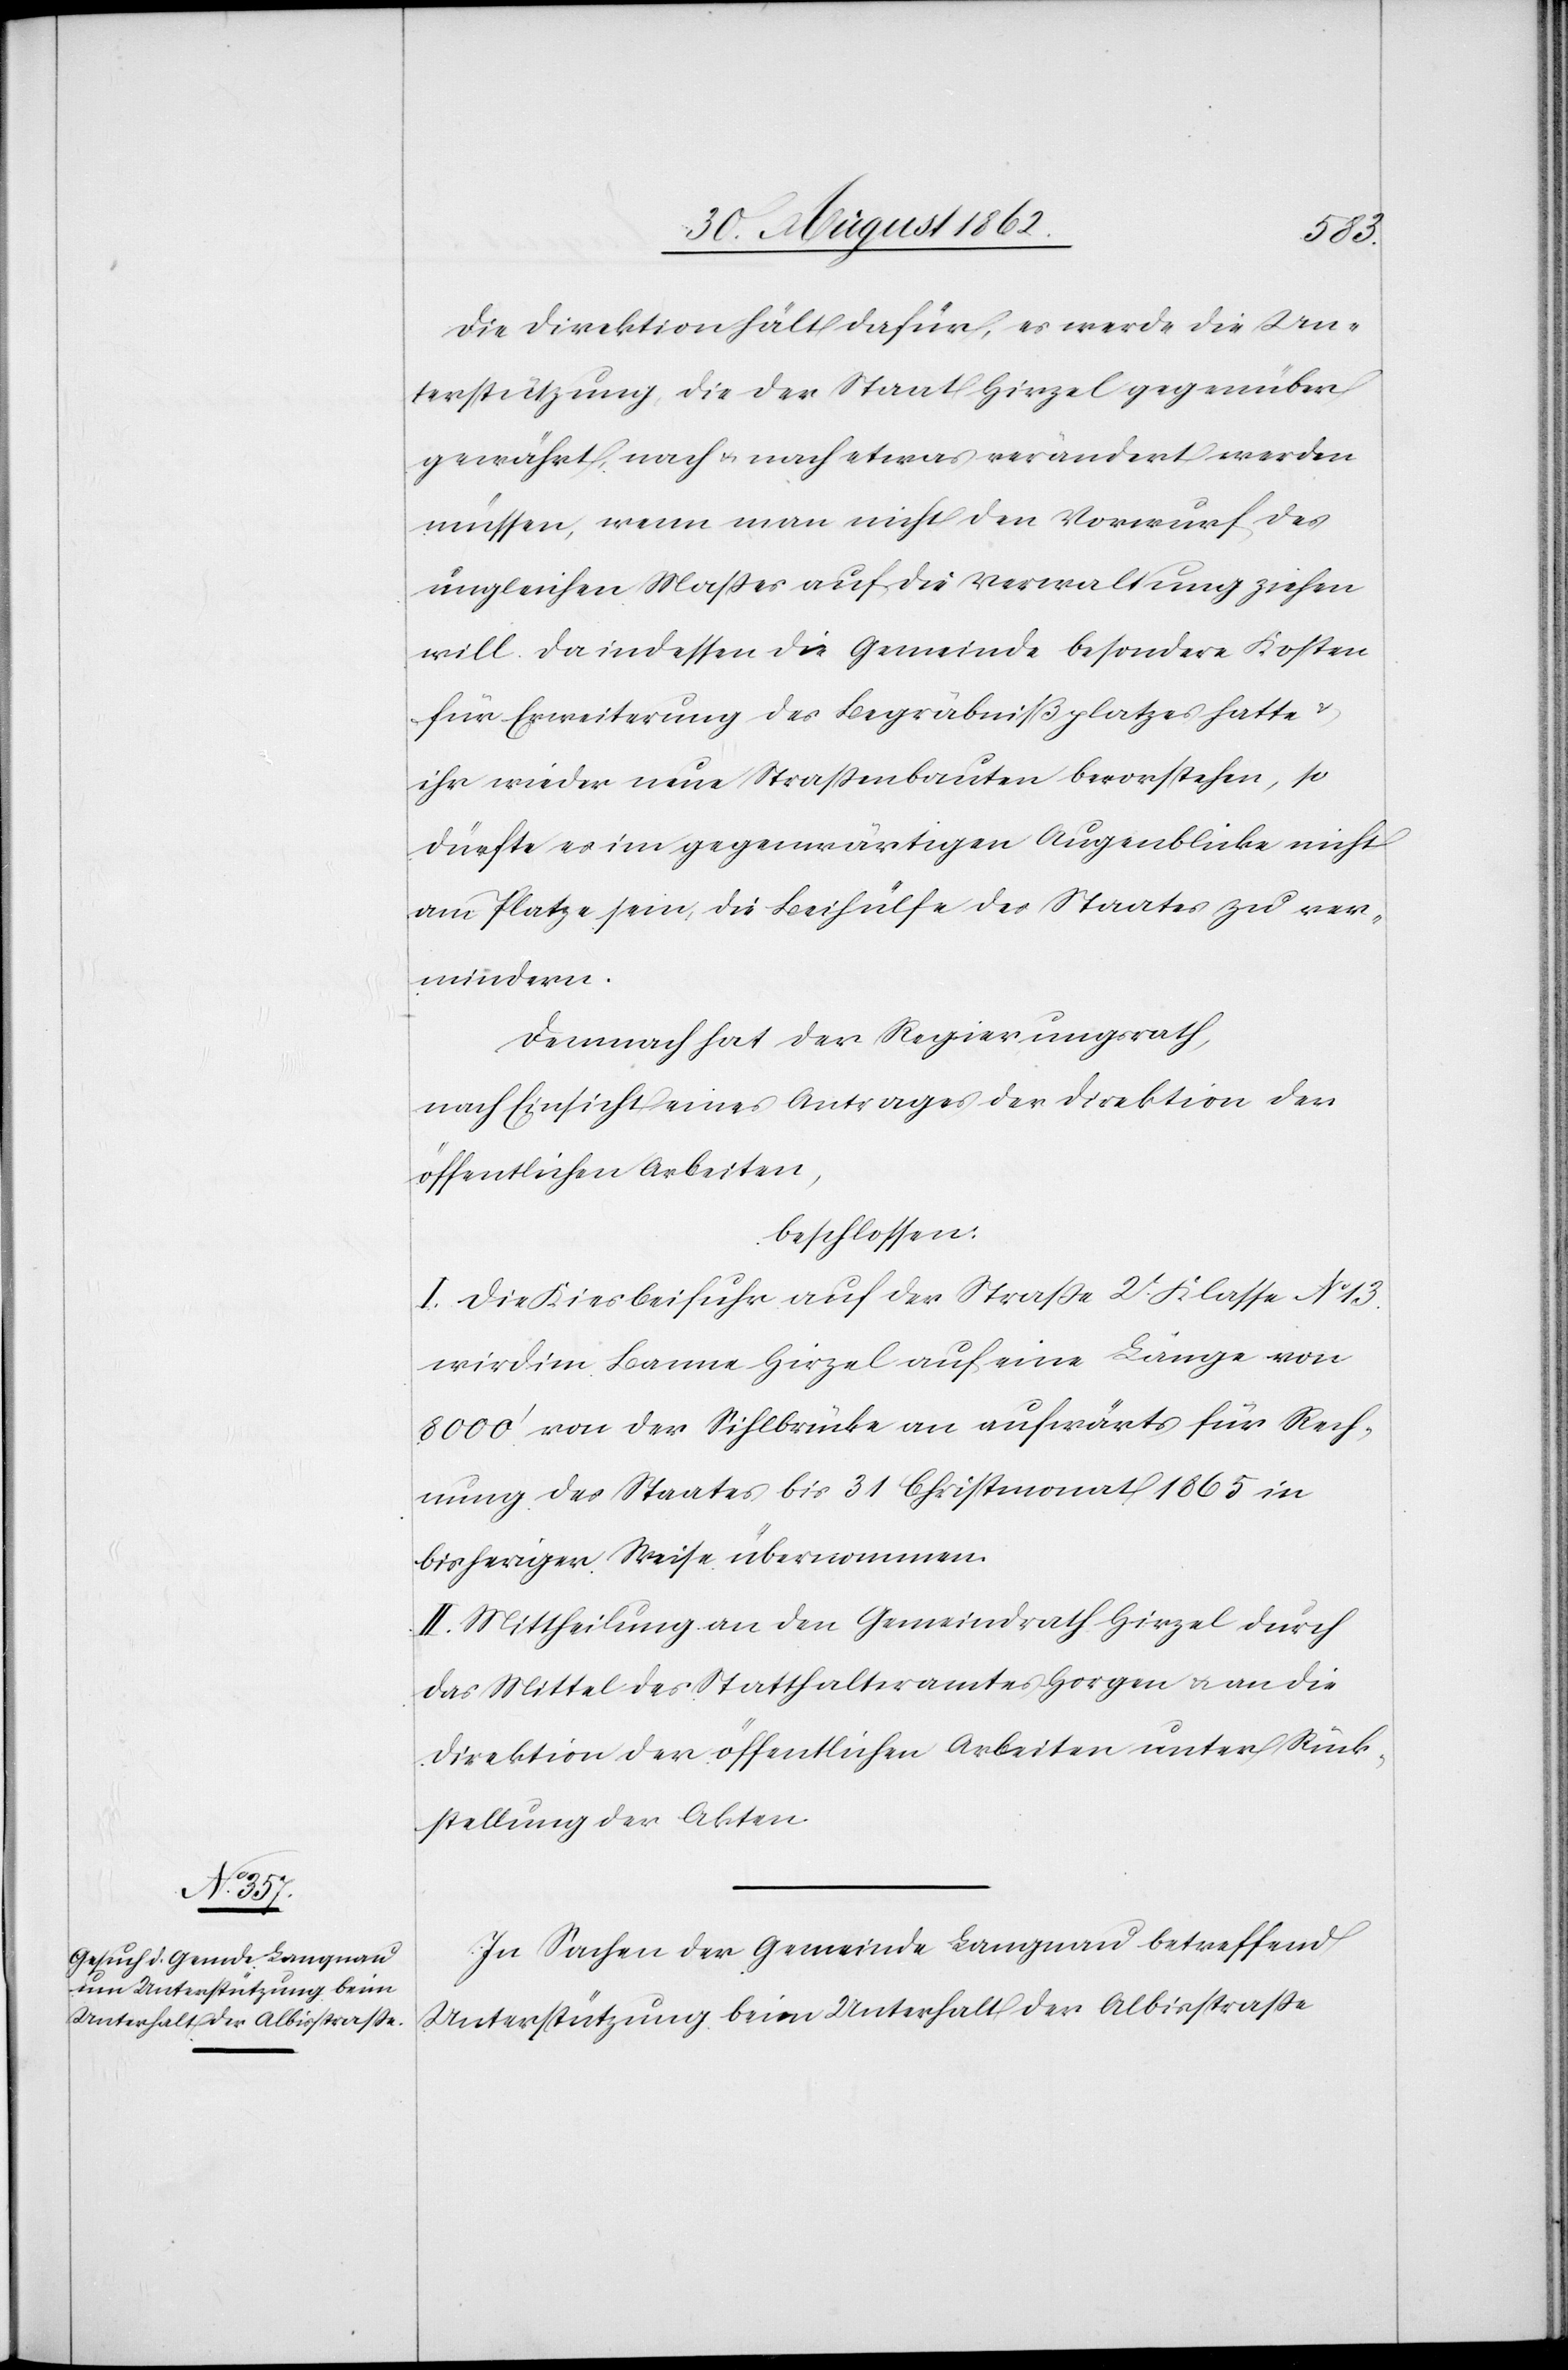
Die Direktion hält dafür, es werde die Un¬
terstützung, die der Staat Hirzel gegenüber
gewährt, nach u. nach etwas verändert werden
müssen, wenn man nicht den Vorwurf des
ungleichen Maßes auf die Verwaltung ziehen
will. Da indessen die Gemeinde besondere Kosten
für Erweiterung des Begräbnißplatzes hatte u.
ihr wieder neue Straßenbauten bevorstehen, so
dürfte es im gegenwärtigen Augenblicke nicht
am Platze sein, die Behülfe des Staates zu ver¬
mindern.
Demnach hat der Regierungsrath,
nach Einsicht eines Antrages der Direktion der
öffentlichen Arbeiten,
beschlossen:
I. Die Kiesbeifuhr auf der Straße 2t Klasse No 13
wird im Banne Hirzel auf eine Länge von
8000’ von der Sihlbrücke an aufwärts für Rech¬
nung des Staates bis 31. Christmonat 1865 in
bisheriger Weise übernommen.
II. Mittheilung an den Gemeindrath Hirzel durch
das Mittel des Statthalteramtes Horgen u. an die
Direktion der öffentlichen Arbeiten unter Rück¬
stellung der Akten.
In Sachen der Gemeinde Langnau betreffend
Unterstützung beim Unterhalt der Albisstraße